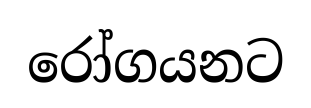
රෝගයනට